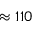
\approx 1 1 0